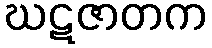
ဃဋဇာတက